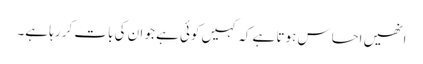
انھیں احساس ہوتا ہے کہ کہیں کوئی ہے جو ان کی بات کر رہا ہے۔